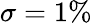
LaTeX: \sigma=1\%